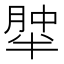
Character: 𰮹